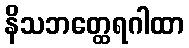
နိသဘတ္ထေရဂါထာ